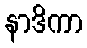
နာဒိကာ